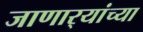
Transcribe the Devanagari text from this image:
जाणार्‍यांच्या